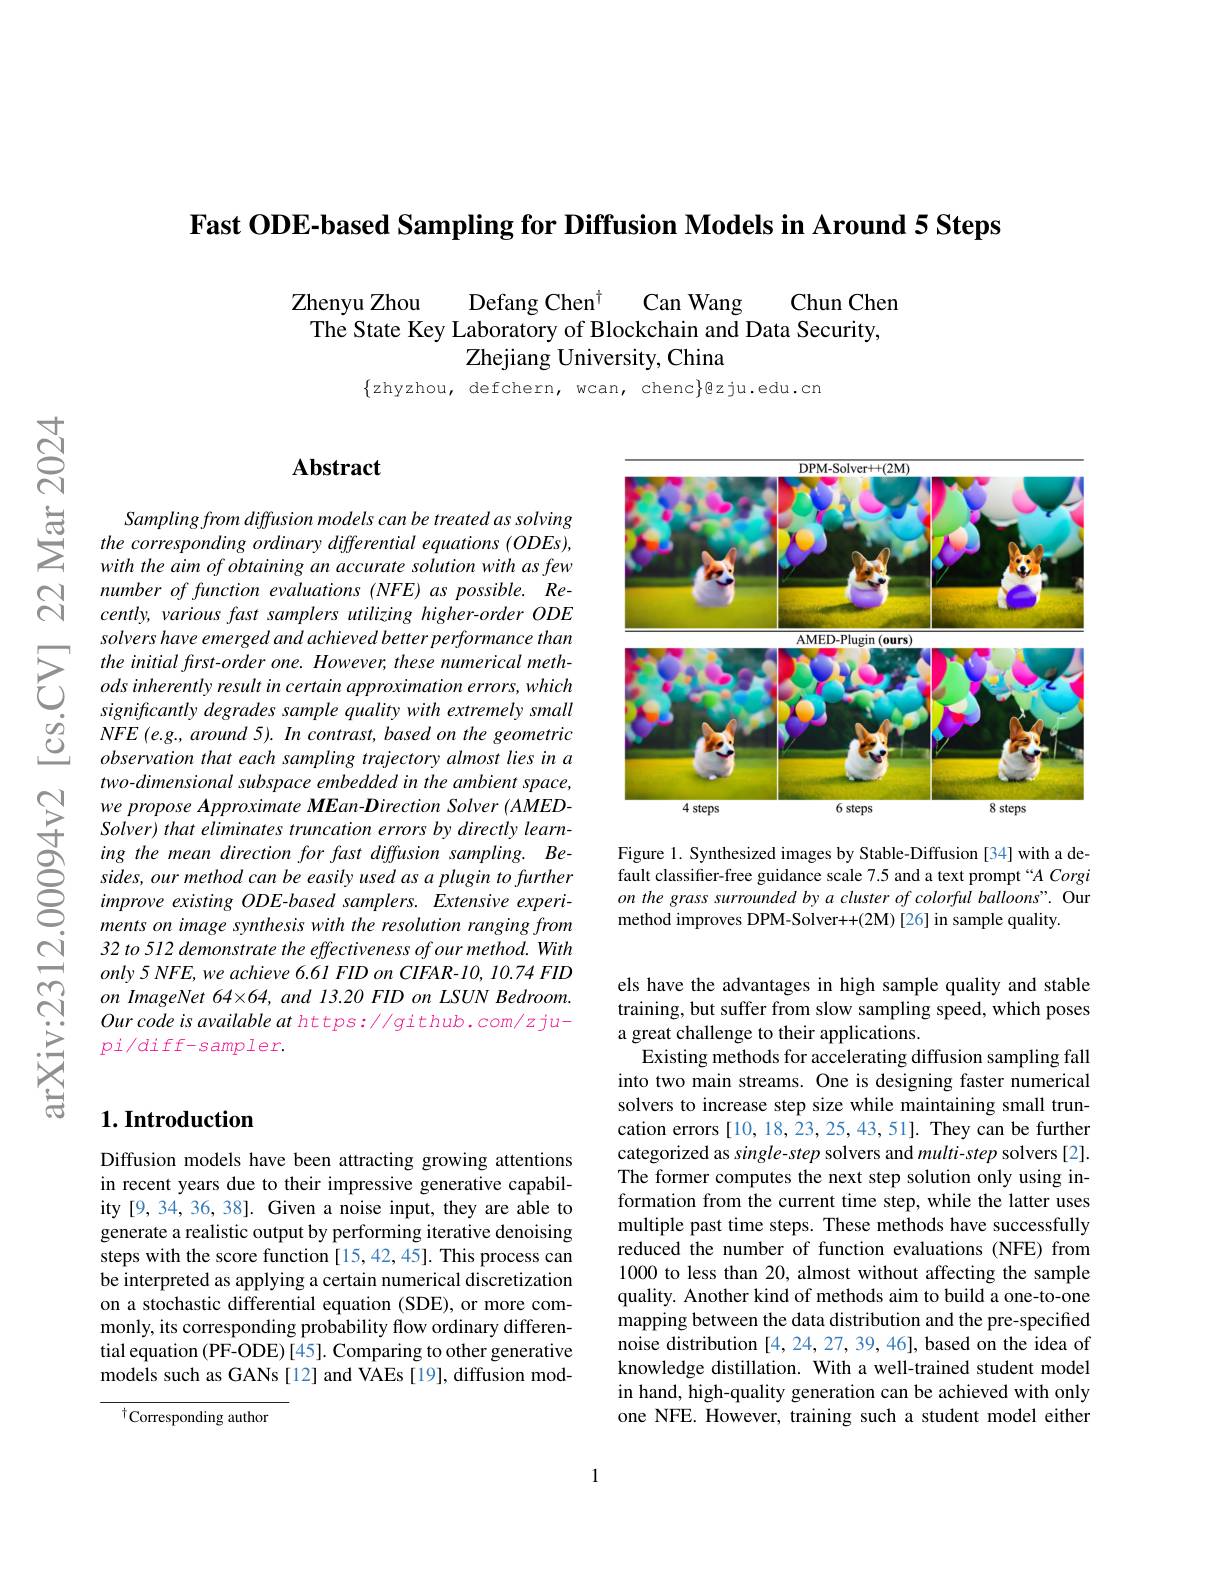
Fast ODE-based Sampling for Diffusion Models in Around 5 Steps

Zhenyu Zhou
Defang Chen$^{\dagger}$
Can Wang
Chun Chen
The State Key Laboratory of Blockchain and Data Security,
Zhejiang University, China

$\{$zhyzhou, defchern, wcan, chenc$\}$@zju.edu.cn

## $\mathbf{Abstract}$

Sampling from diffusion models can be treated as solving the corresponding ordinary differential equations (ODEs), with the aim of obtaining an accurate solution with as few number of function evaluations (NFE) as possible. Recently, various fast samplers utilizing higher-order ODE solvers have emerged and achieved better performance than the initial first-order one. However, these numerical methods inherently result in certain approximation errors, which significantly degrades sample quality with extremely small $NFE$ $( e. g. , around$ 5). $In$ $contrast, based$ $on$ the geometric observation that each sampling trajectory almost lies in a two-dimensional subspace embedded in the ambient space, we propose Approximate MEan-Direction Solver (AMEDSolver) that eliminates truncation errors by directly learning the mean direction for fast diffusion sampling. Besides, our method can be easily used as a plugin to further improve existing ODE-based samplers. Extensive experiments on image synthesis with the resolution ranging from 32 to 512 demonstrate the effectiveness of our method. With $only5NFE,weachieve6.61FIDonCIFAR-10,10.74FID$ $on\textit{ImageNet 6464, and 13. 20 FID on LSUN Bedroom. }$ Our code is available at https: //github. com/z ju- $pi/diff-sampler.$

## $1. \textbf{Introduction}$

Diffusion models have been attracting growing attentions in recent years due to their impressive generative capability [9,34,36,38]. Given a noise input, they are able to generate a realistic output by performing iterative denoising steps with the score function[15,42,45]. This process can be interpreted as applying a certain numerical discretization on a stochastic differential equation (SDE), or more commonly, its corresponding probability flow ordinary differential equation (PF-ODE) [45]. Comparing to other generative models such as GANs [12] and VAEs [19], diffusion mod-

$^{\dagger}$Corresponding author

<FigureHere>

Figure 1. Synthesized images by Stable-Diffusion [34] with a default classifier-free guidance scale 7.5 and a text prompt “A Corgi on the grass surrounded by a cluster of colorful balloons". Our method improves DPM-Solver++(2M)[26] in sample quality.

els have the advantages in high sample quality and stable training, but suffer from slow sampling speed, which poses a great challenge to their applications.
Existing methods for accelerating diffusion sampling fall into two main streams. One is designing faster numerical solvers to increase step size while maintaining small truncation errors [10, 18, 23, 25, 43, 51]. They can be further categorized as single-step solvers and multi-step solvers[2]. The former computes the next step solution only using information from the current time step, while the latter uses multiple past time steps. These methods have successfully reduced the number of function evaluations (NFE) from 1000 to less than 20, almost without affecting the sample quality. Another kind of methods aim to build a one-to-one mapping between the data distribution and the pre-specified noise distribution [4,24,27,39,46], based on the idea of knowledge distillation. With a well-trained student model in hand, high-quality generation can be achieved with only one NFE. However, training such a student model either

1